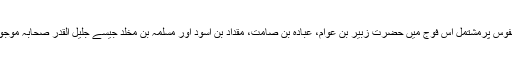
۸ہزار نفوس پرمشتمل اس فوج میں حضرت زبیر بن عوام، عبادہ بن صامت، مقداد بن اسود اور مسلمہ بن مخلد جیسے جلیل القدر صحابہ موجود تھے۔